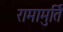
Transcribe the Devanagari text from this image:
रामामुर्ति